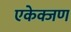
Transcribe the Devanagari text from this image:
एकेक्जण